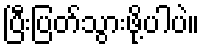
ပြီးပြတ်သွားဖို့ပါပဲ။